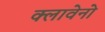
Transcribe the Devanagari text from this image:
क्लावेनो